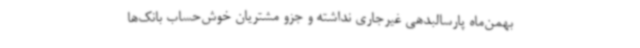
بهمن‌ماه پارسالبدهی غیرجاری نداشته و جزو مشتریان خوش‌حساب بانک‌ها